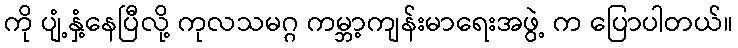
ကို ပျံ့နှံ့နေပြီလို့ ကုလသမဂ္ဂ ကမ္ဘာ့ကျန်းမာရေးအဖွဲ့ က ပြောပါတယ်။